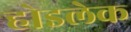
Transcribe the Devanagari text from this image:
होइलेक